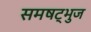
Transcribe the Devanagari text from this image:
समषट्भुज